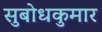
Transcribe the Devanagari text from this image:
सुबोधकुमार